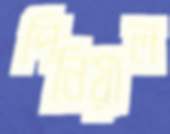
পিনিয়াল